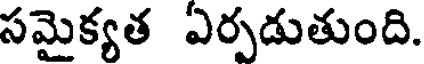
సమైక్యత ఏర్పడుతుంది.